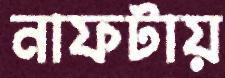
নাফটায়